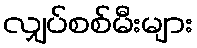
လျှပ်စစ်မီးများ